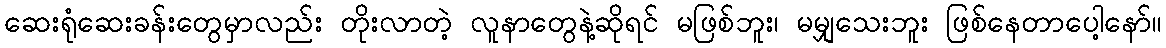
ဆေးရုံဆေးခန်းတွေမှာလည်း တိုးလာတဲ့ လူနာတွေနဲ့ဆိုရင် မဖြစ်ဘူး၊ မမျှသေးဘူး ဖြစ်နေတာပေါ့နော်။